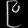
Digit: ၉